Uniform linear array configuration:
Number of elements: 48
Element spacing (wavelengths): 0.75
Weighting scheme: hamming
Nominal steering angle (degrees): -60
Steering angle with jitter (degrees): -61.868
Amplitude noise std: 0.05
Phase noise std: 0.05

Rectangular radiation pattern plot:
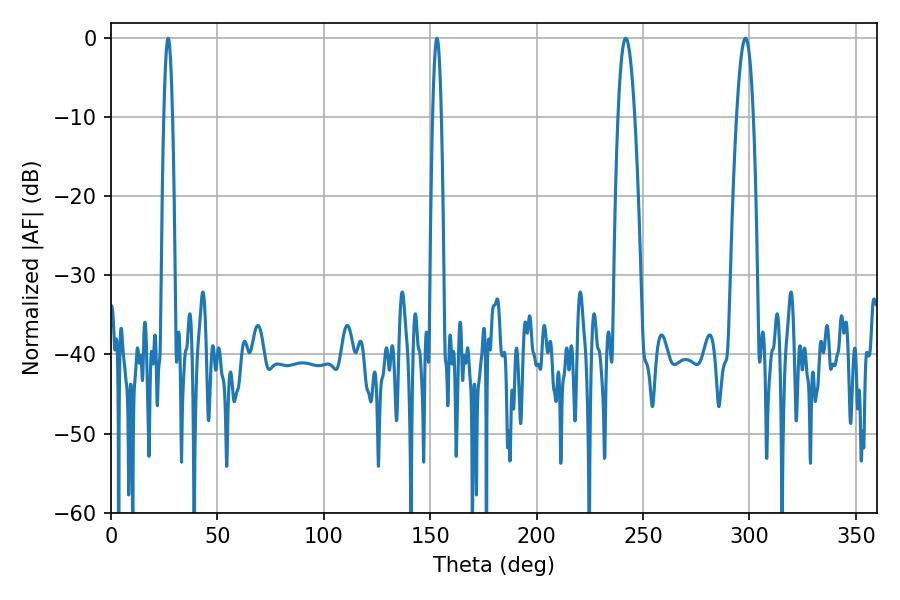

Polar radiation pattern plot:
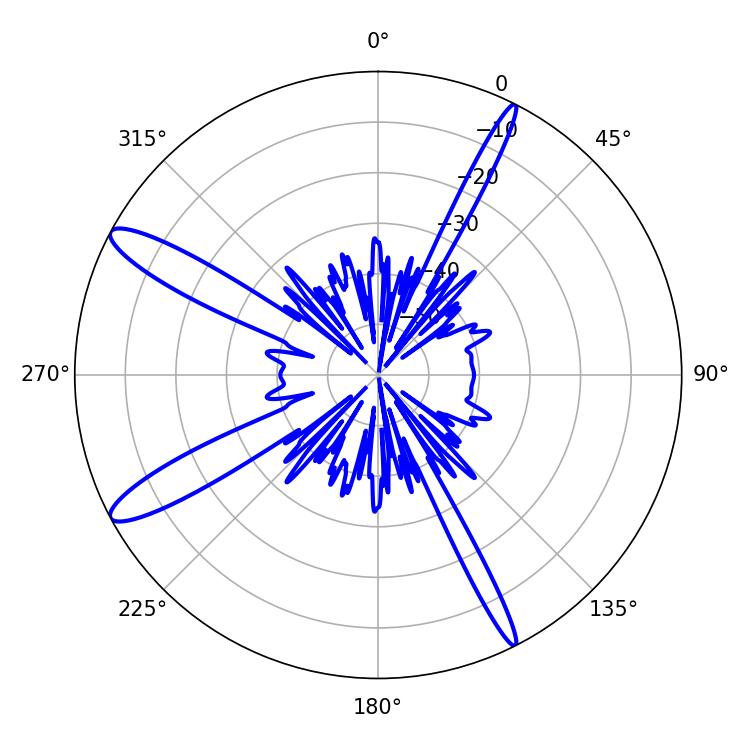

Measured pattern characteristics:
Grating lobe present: TRUE
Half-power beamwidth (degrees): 2.16
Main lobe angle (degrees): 26.82